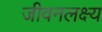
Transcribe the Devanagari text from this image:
जीवनलक्ष्य